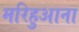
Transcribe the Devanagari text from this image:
मरिहुआना